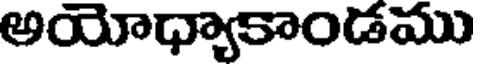
అయోధ్యాకాండము